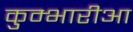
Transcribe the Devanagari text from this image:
कुम्भारीआ